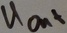
Text: UOut